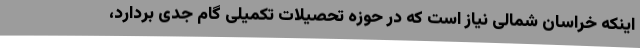
اینکه خراسان شمالی نیاز است که در حوزه تحصیلات تکمیلی گام جدی بردارد،